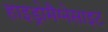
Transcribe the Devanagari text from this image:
हाइड्रोमैग्नेसाइट